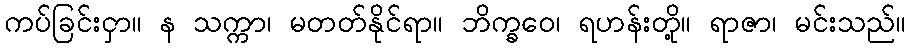
ကပ်ခြင်းငှာ။ န သက္ကာ၊ မတတ်နိုင်ရာ။ ဘိက္ခဝေ၊ ရဟန်းတို့။ ရာဇာ၊ မင်းသည်။